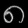
Digit: ၈